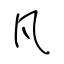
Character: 凡